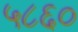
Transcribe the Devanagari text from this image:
५८६०